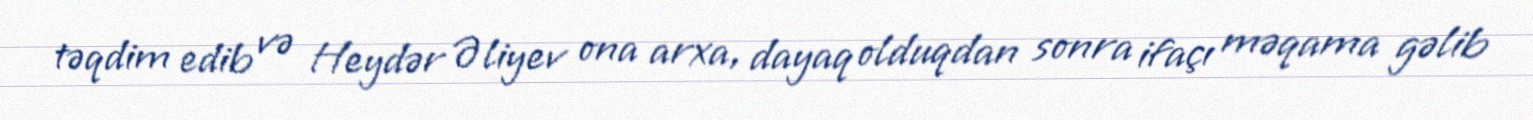
təqdim edib və Heydər Əliyev ona arxa, dayaq olduqdan sonra ifaçı məqama gəlib